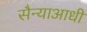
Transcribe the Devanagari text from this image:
सैन्याआधी